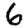
Digit: 6